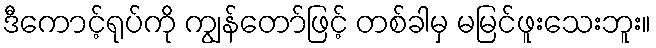
ဒီကောင့်ရုပ်ကို ကျွန်တော်ဖြင့် တစ်ခါမှ မမြင်ဖူးသေးဘူး။